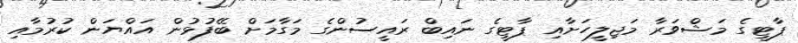
ޕާޓީގެ މަޝްވަރާ މަޖިލީހަށާއި ޕާޓީގެ ނައިބް ރައީސުންގެ މަގާމަށް ބޭފުޅުން އައްޔަން ކުރުމާއި